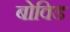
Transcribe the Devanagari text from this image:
बोविड